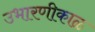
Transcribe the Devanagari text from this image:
उभारणीकाळ